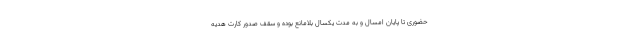
حضوری تا پایان امسال و به مدت یکسال بلامانع بوده و سقف صدور کارت هدیه